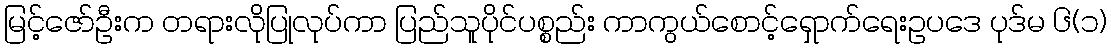
မြင့်ဇော်ဦးက တရားလိုပြုလုပ်ကာ ပြည်သူပိုင်ပစ္စည်း ကာကွယ်စောင့်ရှောက်ရေးဥပဒေ ပုဒ်မ ၆(၁)